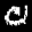
Label: 0